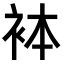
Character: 𧙄